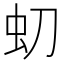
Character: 虭